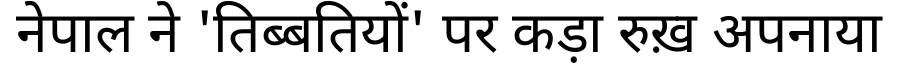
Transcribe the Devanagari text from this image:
नेपाल ने 'तिब्बतियों' पर कड़ा रुख़ अपनाया